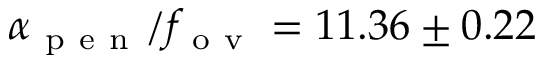
\alpha _ { \mathrm { ~ p ~ e ~ n ~ } } / f _ { \mathrm { ~ o ~ v ~ } } = 1 1 . 3 6 \pm 0 . 2 2